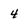
Character: 4